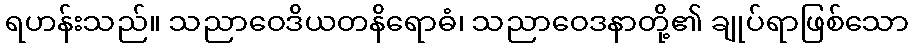
ရဟန်းသည်။ သညာဝေဒိယတနိရောဓံ၊ သညာဝေဒနာတို့၏ ချုပ်ရာဖြစ်သော